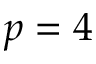
p = 4